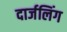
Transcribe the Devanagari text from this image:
दार्जलिंग